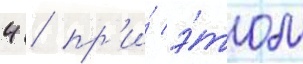
4 / пр'и́ э́том